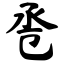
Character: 卺